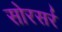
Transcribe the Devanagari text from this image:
सोरसर्र